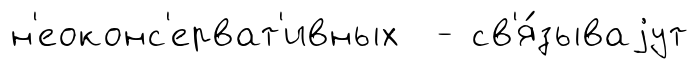
н'еоконс'ерват'ивных - св'я́зываjут